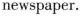
newspaper.